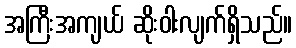
အကြီးအကျယ် ဆိုးဝါးလျက်ရှိသည်။